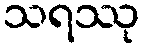
သရဿု